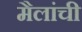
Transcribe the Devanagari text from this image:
मैलांची